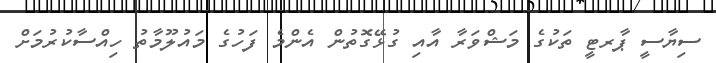
ސިޔާސީ ޕާރޓީ ތަކުގެ މަޝްވަރާ އާއި ގުޅޭގޮތުން އެންމެ ފަހުގެ މައުލޫމާތު ހިއްސާކުރުމަށް